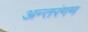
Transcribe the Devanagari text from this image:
अन्तरंगम